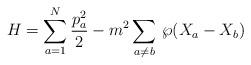
LaTeX: \begin{align*}H=\sum_{a=1}^{N} \frac{p^{2}_{a}}{2} -m^2\sum_{a\neq b}\, {\wp}(X_{a}-X_{b})\end{align*}